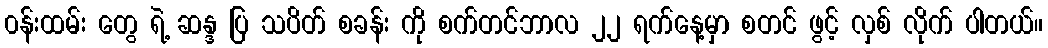
၀န်းထမ်း တွေ ရဲ့ ဆန္ဒ ပြ သပိတ် စခန်း ကို စက်တင်ဘာလ ၂၂ ရက်နေ့မှာ စတင် ဖွင့် လှစ် လိုက် ပါတယ်။